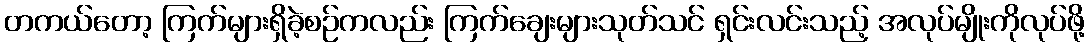
တကယ်တော့ ကြက်များရှိခဲ့စဉ်ကလည်း ကြက်ချေးများသုတ်သင် ရှင်းလင်းသည့် အလုပ်မျိုးကိုလုပ်ဖို့